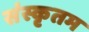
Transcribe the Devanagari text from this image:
संस्कृतम